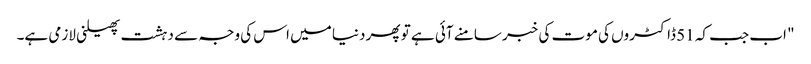
" اب جب کہ 51 ڈاکٹروں کی موت کی خبر سامنے آئی ہے تو پھر دنیا میں اس کی وجہ سے دہشت پھیلنی لازمی ہے۔